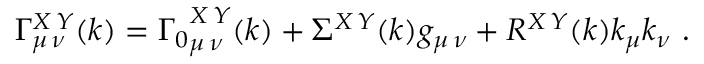
\Gamma _ { \mu \, \nu } ^ { X \, Y } ( k ) = { \Gamma _ { 0 } } _ { \mu \, \nu } ^ { X \, Y } ( k ) + \Sigma ^ { X \, Y } ( k ) g _ { \mu \, \nu } + R ^ { X \, Y } ( k ) k _ { \mu } k _ { \nu } \, \, .